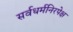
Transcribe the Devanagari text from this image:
सर्वधर्मनिरपेक्ष